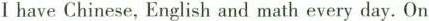
Ⅰ have Chinese,English and math every day. On